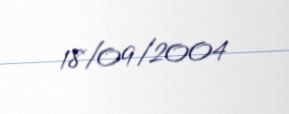
18/09/2004